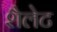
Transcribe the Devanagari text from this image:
शैलेट